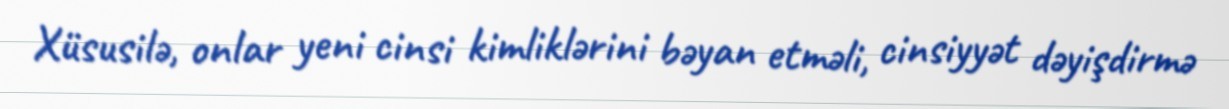
Xüsusilə, onlar yeni cinsi kimliklərini bəyan etməli, cinsiyyət dəyişdirmə